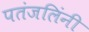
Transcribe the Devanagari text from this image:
पतंजलिंनी